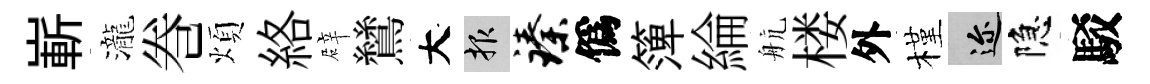
嶄瀧巻煩絡辟鷥大報臻僞𥱼綸航楼外槿邇隐駁